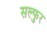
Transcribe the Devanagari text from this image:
सल्फुर